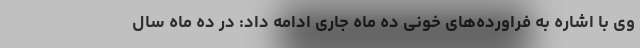
وی با اشاره به فراورده‌های خونی ده ماه جاری ادامه داد: در ده ماه سال